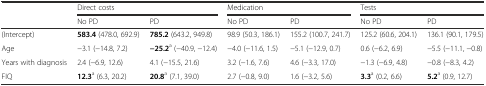
<table><thead><tr><td></td><td colspan="2"><b>Direct costs</b></td><td colspan="2"><b>Medication</b></td><td colspan="2"><b>Tests</b></td></tr><tr><td></td><td><b>No PD</b></td><td><b>PD</b></td><td><b>No PD</b></td><td><b>PD</b></td><td><b>No PD</b></td><td><b>PD</b></td></tr></thead><tbody><tr><td>(Intercept)</td><td><b>583.4</b> (478.0, 692.9)</td><td><b>785.2</b> (643.2, 949.8)</td><td>98.9 (50.3, 186.1)</td><td>155.2 (100.7, 241.7)</td><td>125.2 (60.6, 204.1)</td><td>136.1 (90.1, 179.5)</td></tr><tr><td>Age</td><td>−3.1 (−14.8, 7.2)</td><td><b>−25.2</b><sup>a</sup> (−40.9, −12.4)</td><td>−4.0 (−11.6, 1.5)</td><td>−5.1 (−12.9, 0.7)</td><td>0.6 (−6.2, 6.9)</td><td>−5.5 (−11.1, −0.8)</td></tr><tr><td>Years with diagnosis</td><td>2.4 (−6.9, 12.6)</td><td>4.1 (−15.5, 21.6)</td><td>3.2 (−1.6, 7.6)</td><td>4.6 (−3.3, 17.0)</td><td>−1.3 (−6.9, 4.8)</td><td>−0.8 (−8.3, 4.2)</td></tr><tr><td>FIQ</td><td><b>12.3</b><sup>a</sup> (6.3, 20.2)</td><td><b>20.8</b><sup>a</sup> (7.1, 39.0)</td><td>2.7 (−0.8, 9.0)</td><td>1.6 (−3.2, 5.6)</td><td><b>3.3</b><sup>a</sup> (0.2, 6.6)</td><td><b>5.2</b><sup>a</sup> (0.9, 12.7)</td></tr></tbody></table>